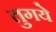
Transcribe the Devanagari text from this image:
तुगये